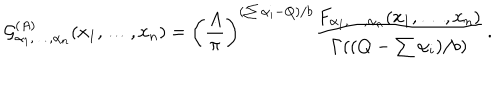
LaTeX: { \cal G } _ { \alpha _ { 1 } , \ldots , \alpha _ { n } } ^ { ( A ) } ( x _ { 1 } , \ldots , x _ { n } ) = \left( { \frac { A } { \pi } } \right) ^ { ( \sum \alpha _ { i } - Q ) / b } { \frac { F _ { \alpha _ { 1 } , \ldots , \alpha _ { n } } ( x _ { 1 } , \ldots , x _ { n } ) } { \Gamma ( ( Q - \sum \alpha _ { i } ) / b ) } } \, .